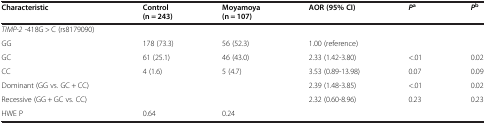
<table><thead><tr><td><b>Characteristic</b></td><td><b>Control (n = 243)</b></td><td><b>Moyamoya (n = 107)</b></td><td><b>AOR (95% CI)</b></td><td><b><i>P</i><sup>a</sup></b></td><td><b><i>P</i><sup>b</sup></b></td></tr></thead><tbody><tr><td><i>TIMP-2</i> -418G &gt; C (rs8179090)</td><td></td><td></td><td></td><td></td><td></td></tr><tr><td>GG</td><td>178 (73.3)</td><td>56 (52.3)</td><td>1.00 (reference)</td><td></td><td></td></tr><tr><td>GC</td><td>61 (25.1)</td><td>46 (43.0)</td><td>2.33 (1.42-3.80)</td><td>&lt;.01</td><td>0.02</td></tr><tr><td>CC</td><td>4 (1.6)</td><td>5 (4.7)</td><td>3.53 (0.89-13.98)</td><td>0.07</td><td>0.09</td></tr><tr><td>Dominant (GG vs. GC + CC)</td><td></td><td></td><td>2.39 (1.48-3.85)</td><td>&lt;.01</td><td>0.02</td></tr><tr><td>Recessive (GG + GC vs. CC)</td><td></td><td></td><td>2.32 (0.60-8.96)</td><td>0.23</td><td>0.23</td></tr><tr><td>HWE P</td><td>0.64</td><td>0.24</td><td></td><td></td><td></td></tr></tbody></table>